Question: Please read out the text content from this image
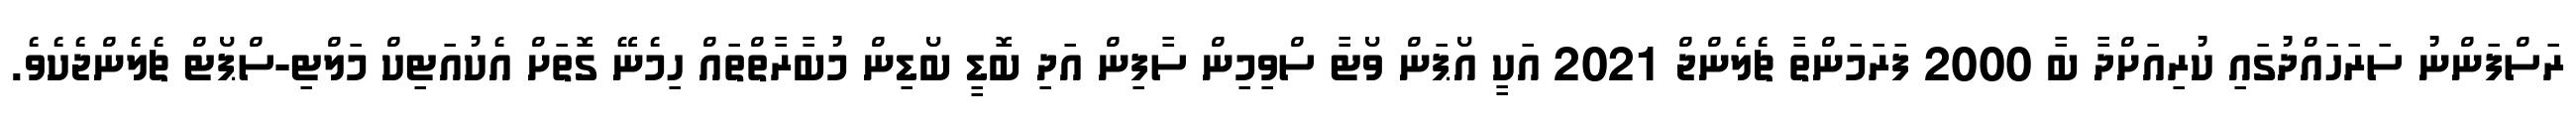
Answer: ރަސްފަންނު ސަރަހައްދުގައި ކުރިއަށްދާ ބާ 2000 ފަރަމަންތާ ޗެލެންޖް 2021 އަކީ އޯޕަން ވޯޓާ ސްވިމިން ސާފިން އަދި ބޮޑީ ބޯޑިން މުބާރާތްތައް ހިމެނޭ ގޮތަށް އެކުއަޓިކް މަލްޓި-ސްޕޯޓް ޗެލެންޖެކެވެ.